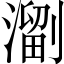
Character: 𱨳